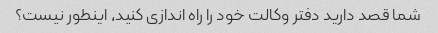
شما قصد دارید دفتر وکالت خود را راه اندازی کنید، اینطور نیست؟